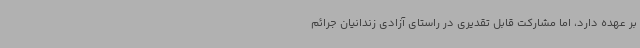
بر عهده دارد، اما مشارکت قابل تقدیری در راستای آزادی زندانیان جرائم